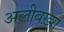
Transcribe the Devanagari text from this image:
अलीबख़्श